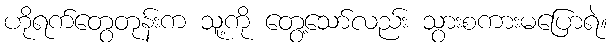
ဟိုရက်တွေတုန်းက သူ့ကို တွေ့သော်လည်း သွားစကားမပြောရဲ။